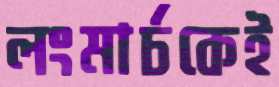
লংমার্চকেই